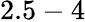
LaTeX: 2.5-4